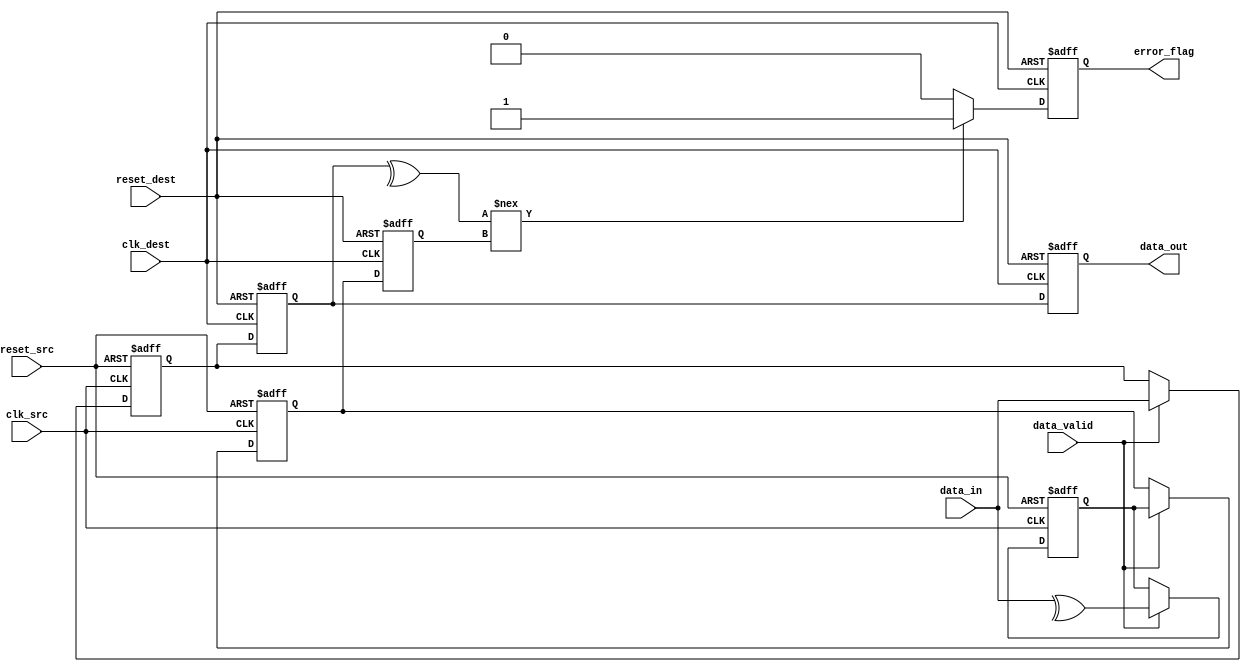
module cdc_memory_blocks (
    input wire clk_src,           // Source clock
    input wire clk_dest,          // Destination clock
    input wire [7:0] data_in,     // Data input from source clock domain
    input wire data_valid,         // Data valid signal from source clock domain
    input wire reset_src,          // Asynchronous reset for source clock domain
    input wire reset_dest,         // Asynchronous reset for destination clock domain
    output reg [7:0] data_out,     // Data output to destination clock domain
    output reg error_flag          // Error flag indicating parity error
);

    // Internal signals
    reg [7:0] data_sync_1, data_sync_2; // Dual flip-flop synchronizers
    reg parity_bit_src;                // Parity bit in source domain
    reg parity_bit_sync_1, parity_bit_sync_2; // Synchronizers for parity bit

    // Generate parity bit in the source clock domain
    always @(posedge clk_src or posedge reset_src) begin
        if (reset_src) begin
            parity_bit_src <= 1'b0;
        end else if (data_valid) begin
            parity_bit_src <= ^data_in; // Even parity
        end
    end

    // Synchronize data and parity bit to destination clock domain
    always @(posedge clk_src or posedge reset_src) begin
        if (reset_src) begin
            data_sync_1 <= 8'b0;
            parity_bit_sync_1 <= 1'b0;
        end else if (data_valid) begin
            data_sync_1 <= data_in;
            parity_bit_sync_1 <= parity_bit_src;
        end
    end

    always @(posedge clk_dest or posedge reset_dest) begin
        if (reset_dest) begin
            data_sync_2 <= 8'b0;
            parity_bit_sync_2 <= 1'b0;
            data_out <= 8'b0;
            error_flag <= 1'b0;
        end else begin
            data_sync_2 <= data_sync_1; // Synchronize data
            parity_bit_sync_2 <= parity_bit_sync_1; // Synchronize parity bit

            // Check for parity error
            if (^data_sync_2 !== parity_bit_sync_2) begin
                error_flag <= 1'b1; // Error detected
            end else begin
                error_flag <= 1'b0; // No error
            end

            // Output the synchronized data
            data_out <= data_sync_2;
        end
    end

endmodule